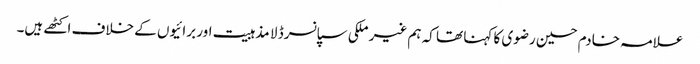
علامہ خادم حسین رضوی کا کہنا تھا کہ ہم غیر ملکی سپانسرڈ لا مذہبیت اور برائیوں کے خلاف اکٹھے ہیں۔